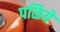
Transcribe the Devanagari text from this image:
पळिये